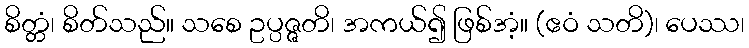
စိတ္တံ၊ စိတ်သည်။ သစေ ဥပ္ပဇ္ဇတိ၊ အကယ်၍ ဖြစ်အံ့။ (ဧဝံ သတိ)၊ ပေဿ၊